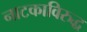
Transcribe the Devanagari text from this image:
नाटकाविरुद्ध